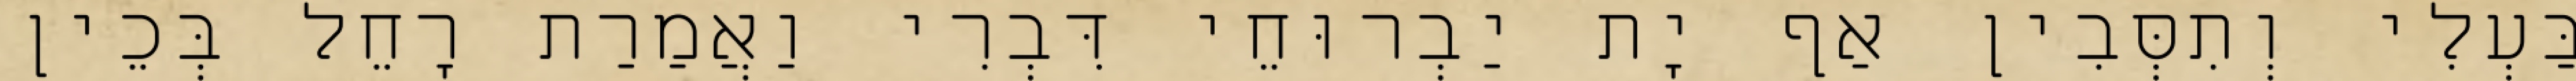
בַּעְלִי וְתִסְּבִין אַף יָת יַבְרוּחֵי דִּבְרִי וַאֲמַרַת רָחֵל בְּכֵין